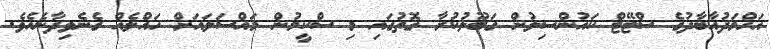
އަހްމަދުއާބާދުގެ ސްޓޭޓް ކައުންސިލުން ގަބޫލުކުރާ ގޮތުގައި މި ސްކީމުން މައްސަލައަށް ހައްލެއް ގެނެވިދާނެއެވެ.